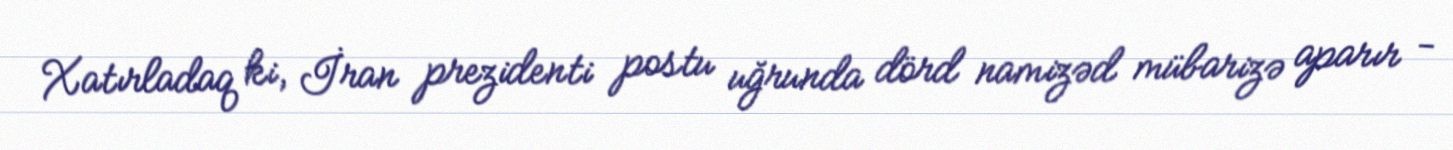
Xatırladaq ki, İran prezidenti postu uğrunda dörd namizəd mübarizə aparır -